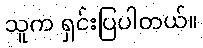
သူက ရှင်းပြပါတယ်။